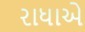
રાધાએ